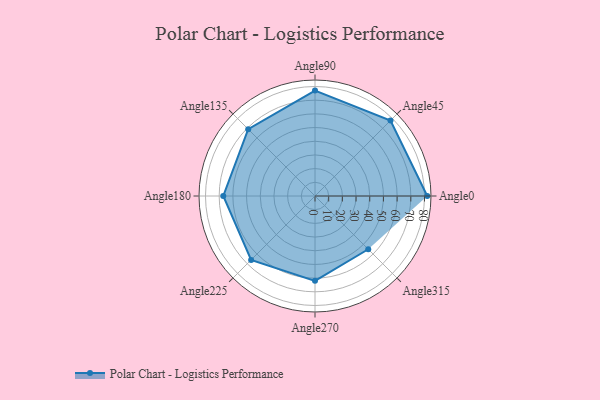
{"axis": {"x": "Angle", "y": "Radius"}, "legend": [""], "data": [{"x": "Angle0", "y": 82.0, "type": ""}, {"x": "Angle45", "y": 78.0, "type": ""}, {"x": "Angle90", "y": 77.0, "type": ""}, {"x": "Angle135", "y": 69.0, "type": ""}, {"x": "Angle180", "y": 67.0, "type": ""}, {"x": "Angle225", "y": 66.0, "type": ""}, {"x": "Angle270", "y": 62.0, "type": ""}, {"x": "Angle315", "y": 55.0, "type": ""}]}